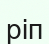
ріп